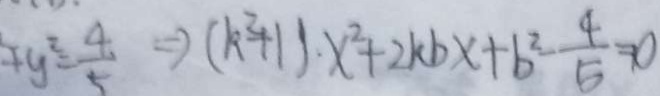
y ^ { 2 } = \frac { 4 } { 5 } \Rightarrow ( k ^ { 2 } + 1 ) \cdot x ^ { 2 } + 2 k b x + b ^ { 2 } - \frac { 4 } { 5 } = 0